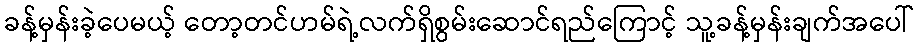
ခန့်မှန်းခဲ့ပေမယ့် တော့တင်ဟမ်ရဲ့လက်ရှိစွမ်းဆောင်ရည်ကြောင့် သူ့ခန့်မှန်းချက်အပေါ်